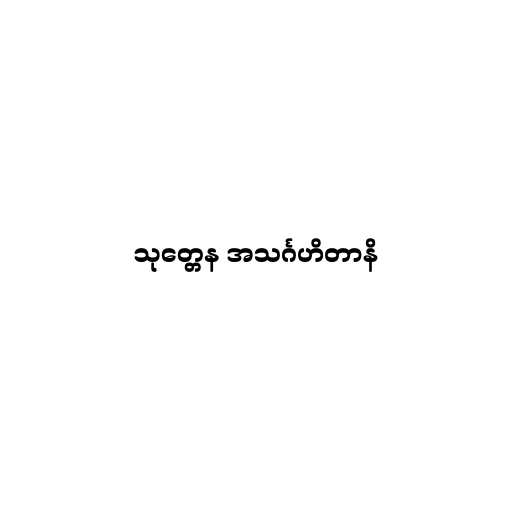
သုတ္တေန အသင်္ဂဟိတာနိ